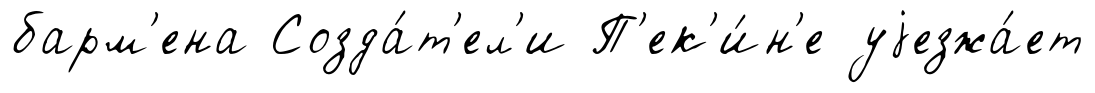
барм'ена Созда́т'ел'и П'ек'и́н'е уjезжа́ет